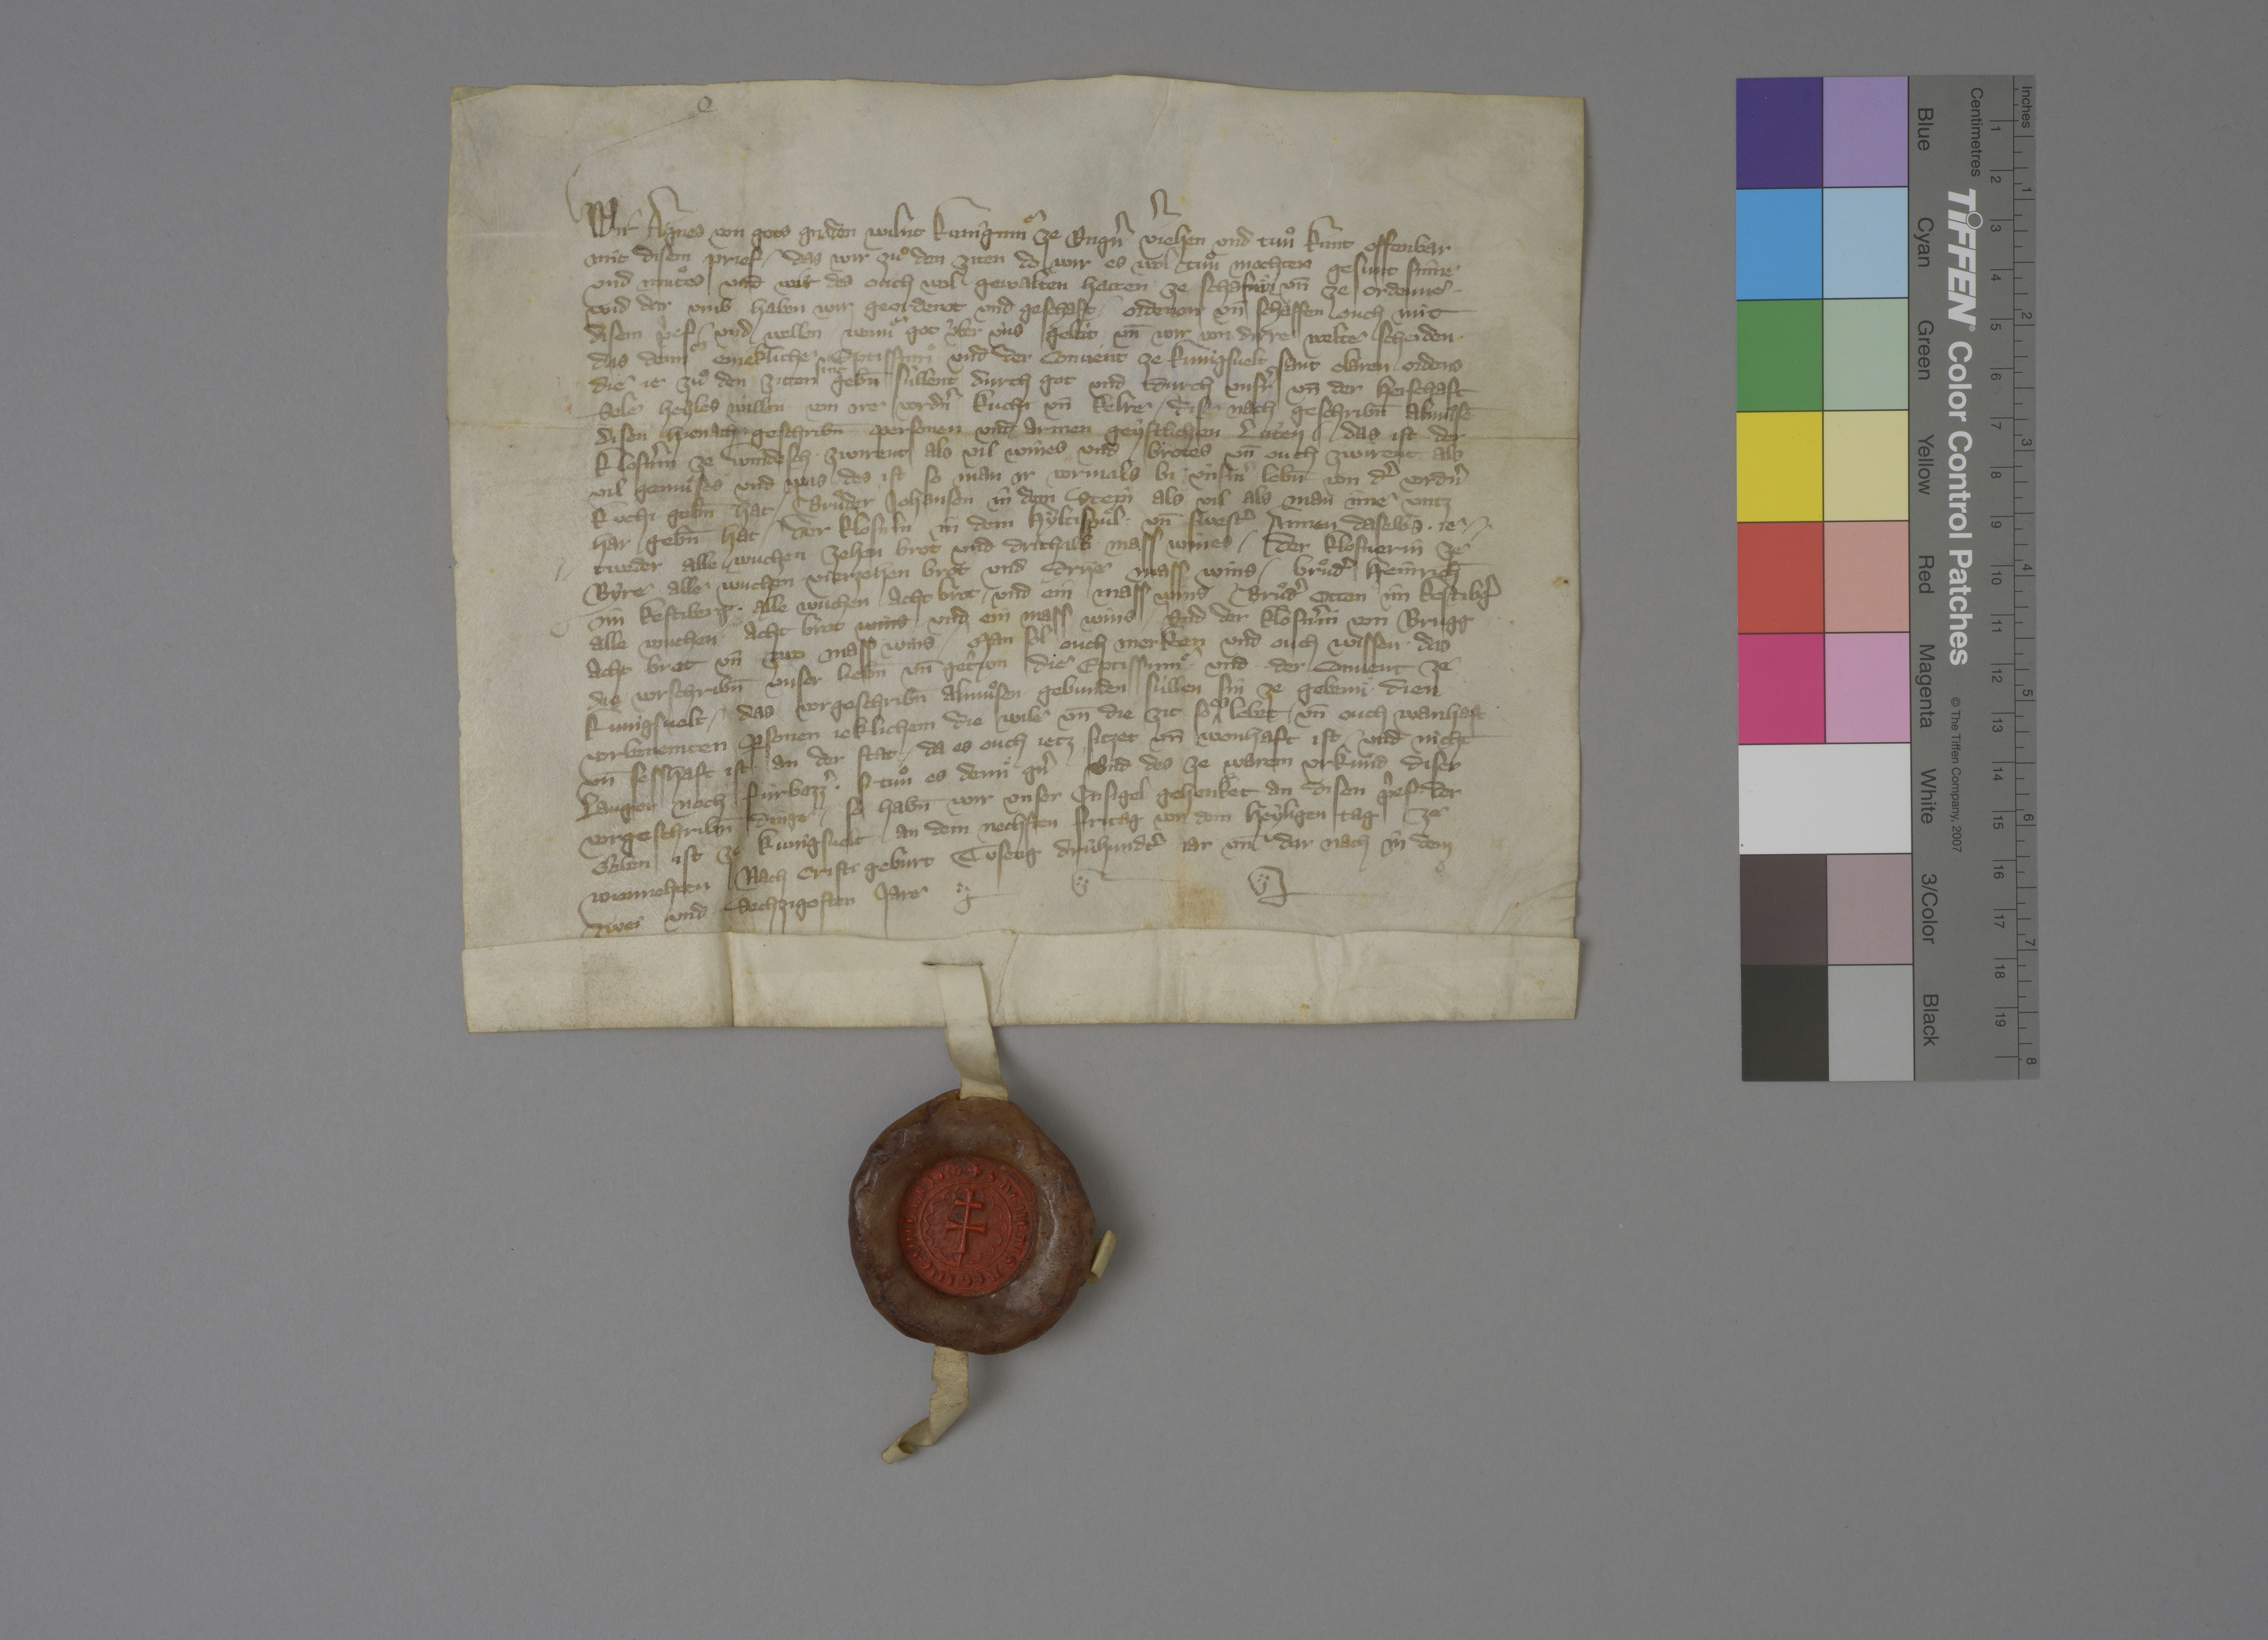
Transcription:
Wir, Agnes, von gots gnaden wilnt kuniginnͤ ze Ungˀn, vˀjehen und tuͦn kunt offenbar
mit disem prief, ✳ das wir zuͦ den ziten, do wir es wol tuͦn mochten, gesunt sinne
und mutes, und wir des ouch wol gewalten hatten ze schafnaͤn un̄ ze ordenne,
und dar umb haben wir geordenot und geschafft, ✳ ordenon un̄ schaffen ouch mit
disem pˀef ✳ und wellen, ✳ wennͤ got ùber ùns gebùt un̄ wir von dirre welte scheiden, ✳
das dennͤ enjekliche eptissinnͤ ✳ und der convent ze Kunigsvelt, Sant Claren ordens,
die je zuͦ den ziten
sint,
gebn̄ sùllent durch got und durch unsˀr un̄ der herschaft
sele heyles willen ✳ von ire vordˀn kuchi un̄ kelre ✳ dise nach geschribn̄ almuͦsē
disen hienach geschribn̄ personen und armen geystlichen lùten. ✳ das ist: ✳ der
klosnˀin ze Windesch ✳ zwirent als vil wines und brotes un̄ ouch zwirent als
vil gemuͦses und was des ist, so man ir vormals bi ùnsˀm lebn̄ von dˀ vordˀn
kuchi gebn̄ hat. ✳ bruͦder Johansen in dem Stein als vil, als man ime untz
har gebn̄ hat. ✳ der klosnˀin in dem Hyltispuͤl ✳ un̄ swestˀ Annen daselbs ✳ je¬
tweder alle wuchen zehen brot und drithalb ✳ mass wines. ✳ der klosnerin ze
Byre ✳ alle wuchen ✳ vierzehen brot und drye mass wins. ✳ bruͦdˀ Heinrich̄
im Kestiberg ✳ alle wuchen acht brot ✳ und ein mass wins. ✳ bruͦdˀ Otten ✳ im Kestibˀg
alle wuchen ✳ acht brot wins und ein mass wins. ✳ und der klosnˀin von Brugg
acht brot un̄ zwo mass wins. ✳ man sol ouch merken und ouch wissen, ✳ das
die vorschribn̄ unser liebn̄ un̄ getˀwn, die eptissinnͤ ✳ und ✳ ✳ der convent ze
Kunigsvelt, ✳ das vorgeschribn̄ almuͦsen ✳ gebunden sùllen sin ze gebennͤ dien
vorbenemten ꝑsonen jeklichem die wile un̄ die zit, so
es
lebet ✳ un̄ ouch wanhaft
un̄ sesshaft ist an der stat, ✳ da es ouch jetz sitzet un̄ wonhaft ist, ✳ und nicht
langer noch fùrbazzˀ, ✳ si tuͦn es dennͤ gˀn. ✳ und des ze warem urkùnd diser
vorgeschribn̄ dinge, ✳ so habn̄ wir unser insigel gehenket an disen pˀef, ✳ der
geben ist ze Kunigsvelt ✳ an dem nechsten fritag vor dem heyligen tag ze
wiennehten, nach Cristi geburt tuseng drùhundˀt jar un̄ dar nach in dem
zwei und sechzigosten jare. ✳